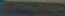
-